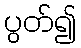
ပွတ်၍